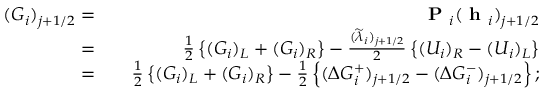
\begin{array} { r l r } { ( G _ { i } ) _ { j + 1 / 2 } = } & { { } } & { \textbf { P } _ { i } ( \textbf { h } _ { i } ) _ { j + 1 / 2 } } \\ { = } & { { } } & { \frac { 1 } { 2 } \left\{ ( G _ { i } ) _ { L } + ( G _ { i } ) _ { R } \right\} - \frac { ( \widetilde { \lambda } _ { i } ) _ { j + 1 / 2 } } { 2 } \left\{ ( U _ { i } ) _ { R } - ( U _ { i } ) _ { L } \right\} } \\ { = } & { { } } & { \frac { 1 } { 2 } \left\{ ( G _ { i } ) _ { L } + ( G _ { i } ) _ { R } \right\} - \frac { 1 } { 2 } \left\{ ( \Delta G _ { i } ^ { + } ) _ { j + 1 / 2 } - ( \Delta G _ { i } ^ { - } ) _ { j + 1 / 2 } \right\} ; } \end{array}